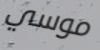
موسي